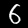
Label: 6